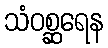
သံဝစ္ဆရေန